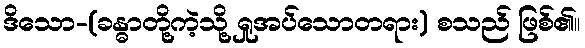
ဒိသော-(ခန္ဓာတို့ကဲ့သို့ ရှုအပ်သောတရား) စသည် ဖြစ်၏။